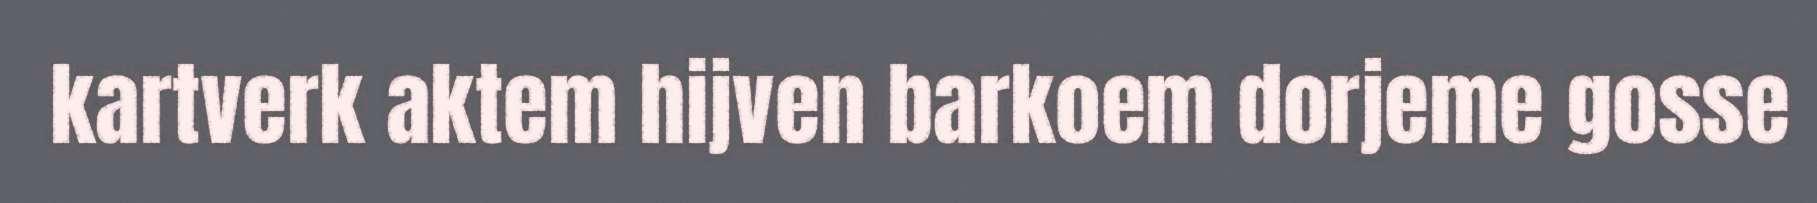
kartverk aktem hijven barkoem dorjeme gosse